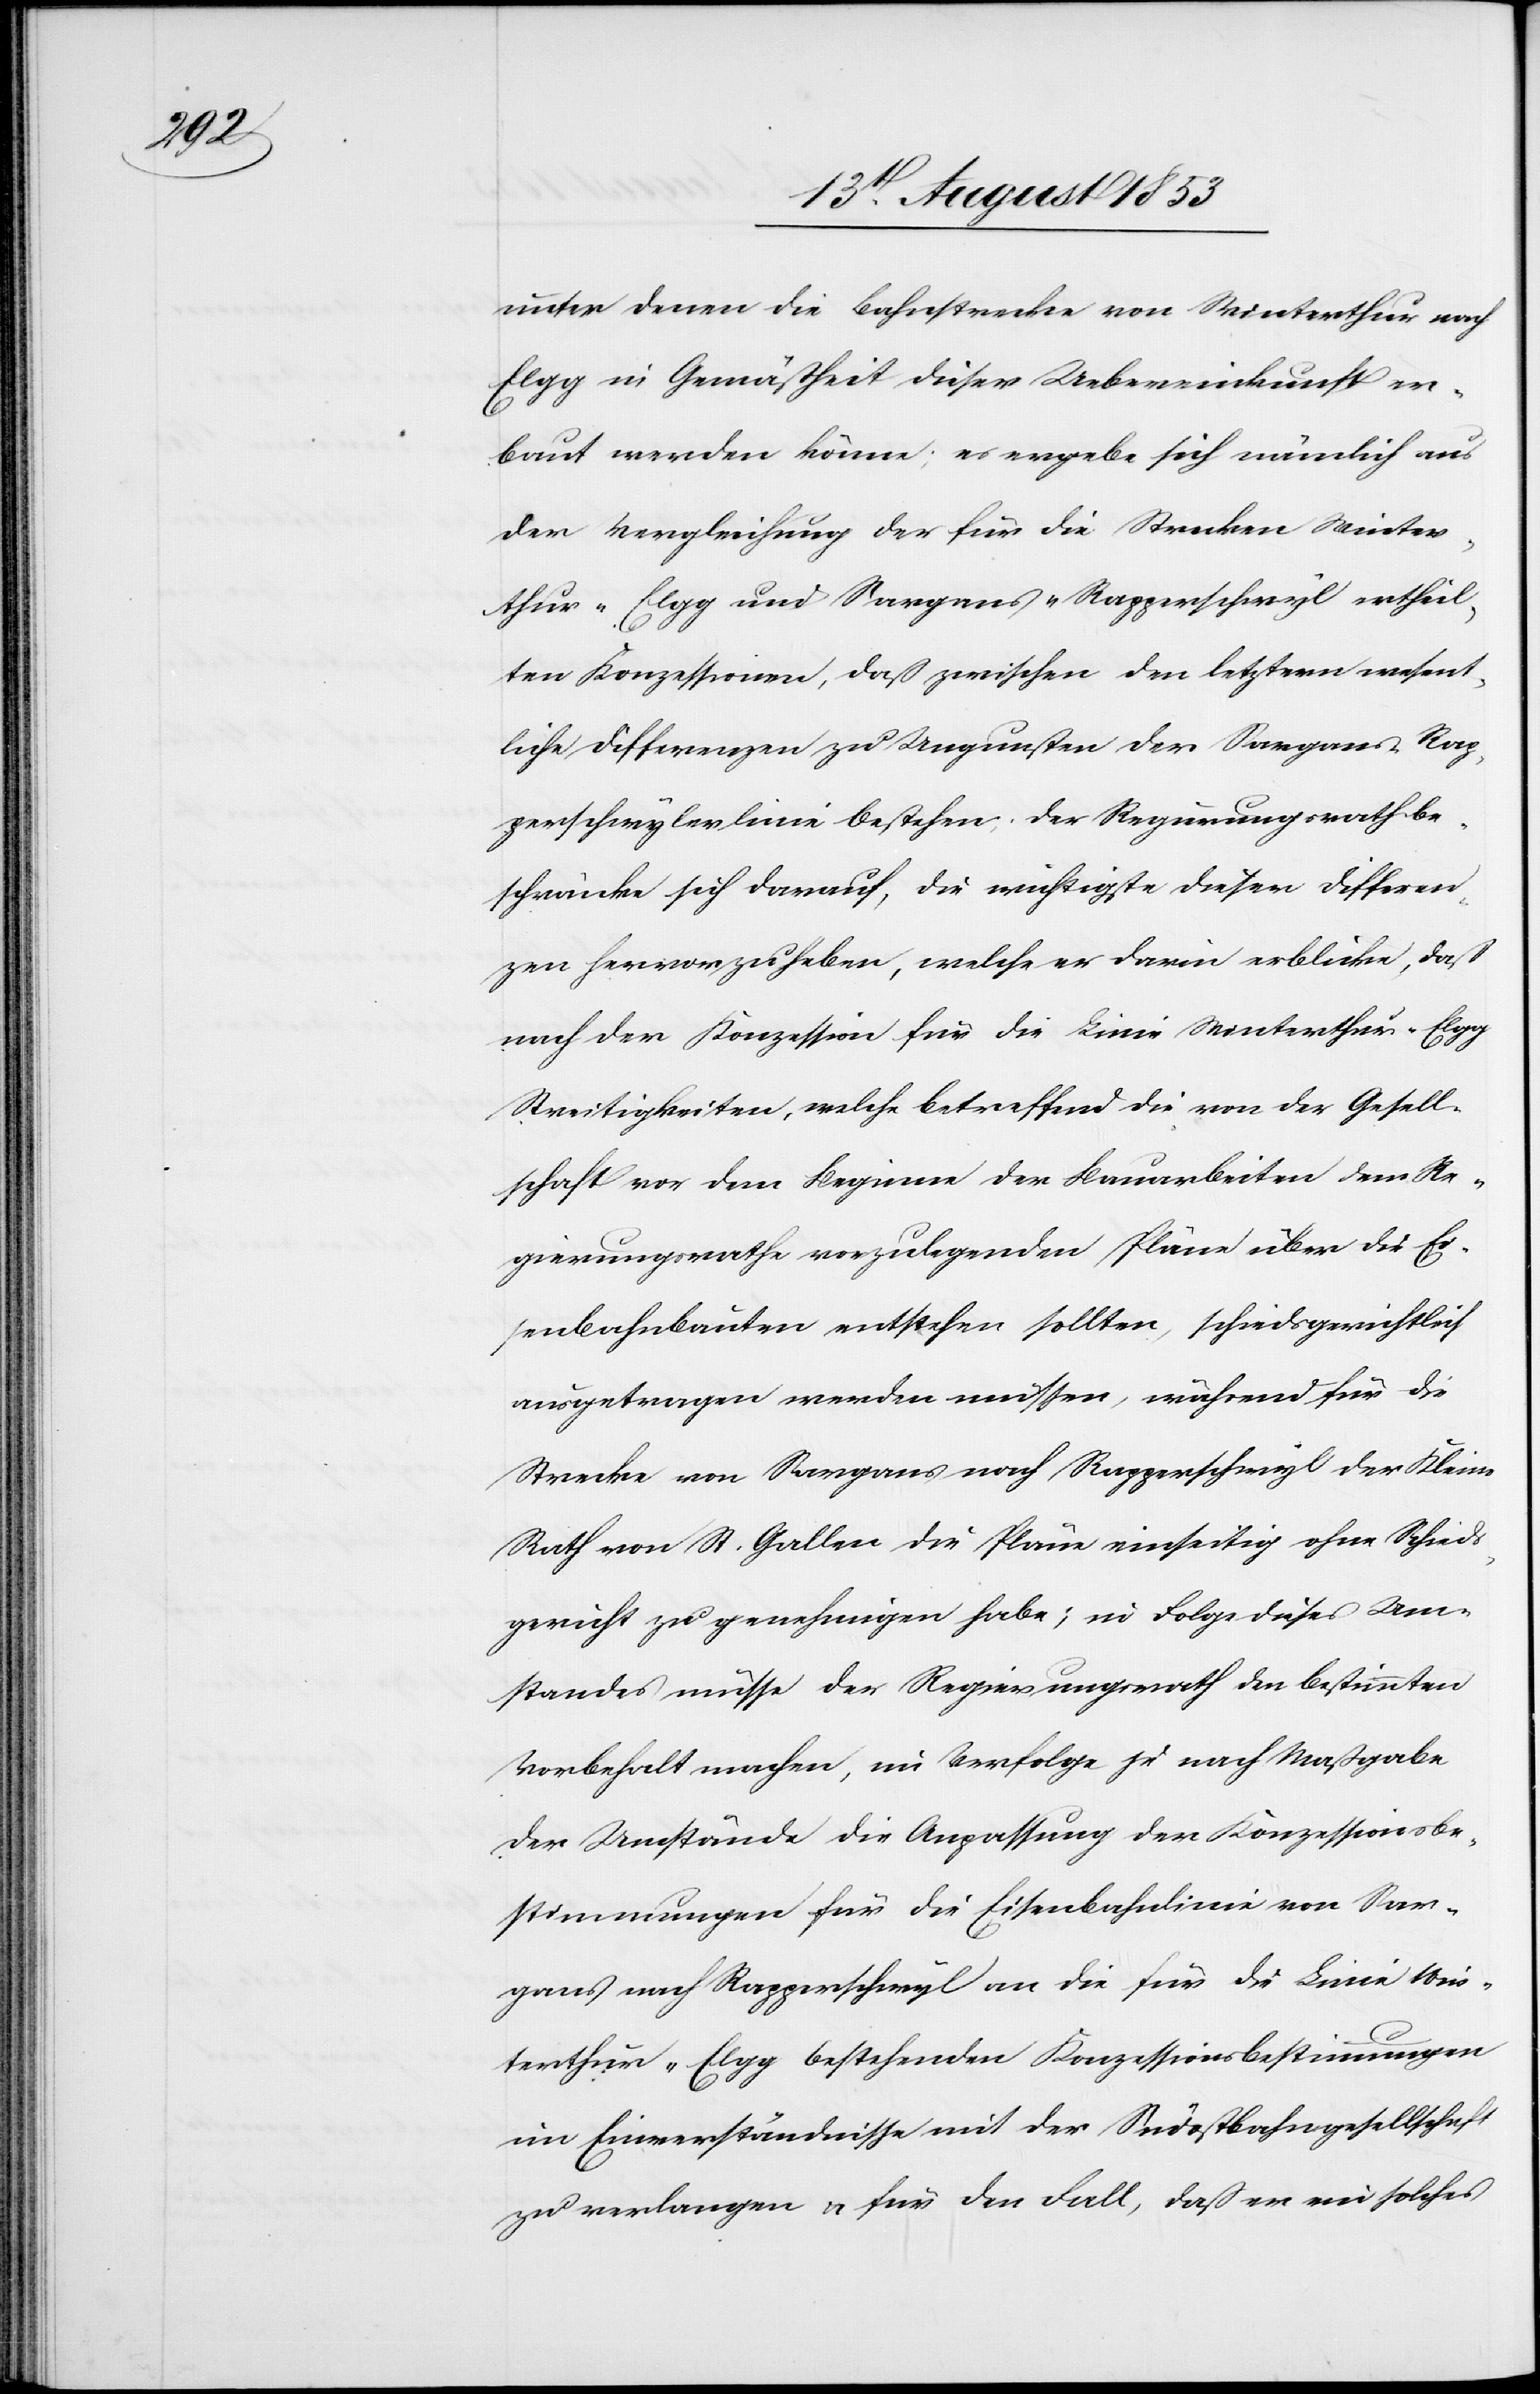
unter denen die Bahnstrecke von Winterthur nach
Elgg in Gemäßheit dieser Uebereinkunft er¬
baut werden könne; es ergebe sich nämlich aus
der Vergleichung der für die Strecken Winter¬
thur–Elgg und Sargans–Rapperschweil ertheil¬
ten Konzessionen, daß zwischen den letztern wesent¬
liche Differenzen zu Ungunsten der Sargans–Rap¬
perschwylerlinie bestehen. Der Regierungsrath be¬
schränke sich darauf, die wichtigste dieser Differen¬
zen hervorzuheben, welche er davon erblicke, daß
nach der Konzession für die Linie Winterthur–Elgg
Streitigkeiten, welche betreffend die von der Gesell¬
schaft vor dem Beginne der Bauarbeiten dem Re¬
gierungsrathe vorzulegenden Pläne über die Eis¬
enbahnbauten entstehen sollten, schiedsgerichtlich
ausgetragen werden müssen, während für die
Strecke von Sargans nach Rapperschweil der Kleine
Rath von St. Gallen die Pläne einseitig ohne Schied¬
sgericht zu genehmigen habe; in Folge dieses Um¬
standes müsse der Regierungsrath den bestimmten
Vorbehalt machen, in Verfolge je nach Maßgabe
der Umstände die Anpassung der Konzessionsbe¬
stimmungen für die Eisenbahnlinie von Sar¬
gans nach Rapperschwyl an die für die Linie Win¬
terthur–Elgg bestehenden Konzessionsbestimmungen
im Einverständnisse mit der Südostbahngesellschaft
zu verlangen u. für den Fall, daß er ein solches